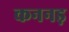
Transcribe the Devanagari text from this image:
कननड़